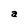
Character: a